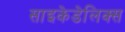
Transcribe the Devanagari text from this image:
साइकेडेलिक्स